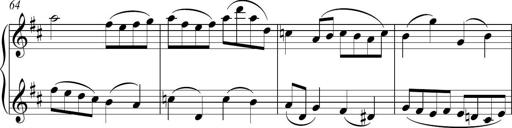
Title: Sonatina del HuÃ©car
Composer: JosÃ© Miguel Moreno Sabio